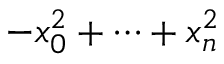
- x _ { 0 } ^ { 2 } + \cdots + x _ { n } ^ { 2 }